Sketch of the medical history of the native army of Bombay, for the year
Year: 1872
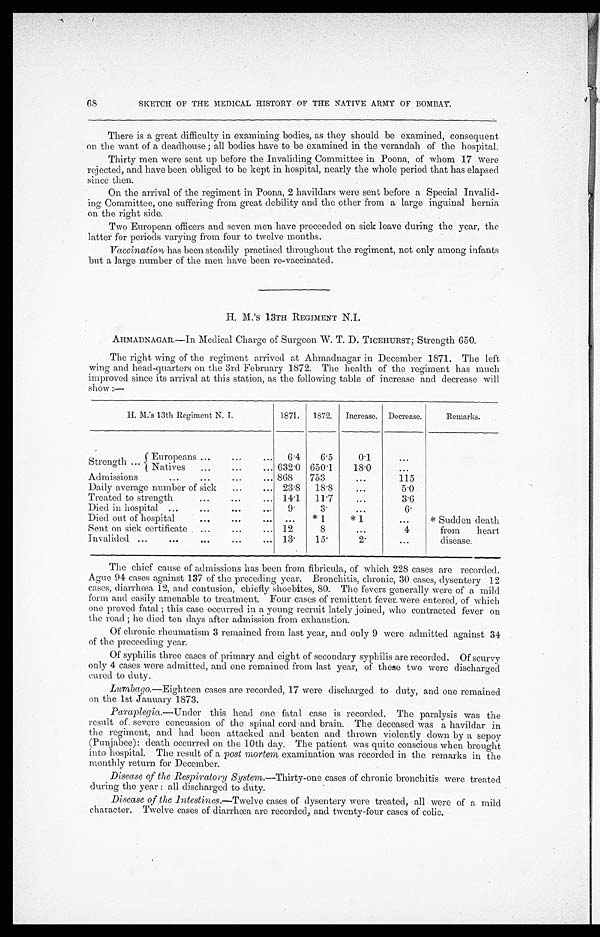
SKETCH OF THE MEDICAL HISTORY OF THE NATIVE ARMY OF BOMBAY.
There is a great difficulty in examining bodies, as they should be examined, consequent
on the want of a deadhouse; all bodies have to be examined in the verandah of the hospital.
Thirty men were sent up before the Invaliding Committee in Poona, of whom 17 were
rejected, and have been obliged to be kept in hospital, nearly the whole period that has elapsed
since then.
On the arrival of the regiment in Poona, 2 havildars were sent before a Special Invalid
-ing Committee, one suffering from great debility and the other from a large inguinal hernia
on the right side.
Two European officers and seven men have proceeded on sick leave during the year, the
latter for periods varying from four to twelve months.
Vaccination has been steadily practised throughout the regiment, not only among infants
but a large number of the men have been re-vaccinated.
H. M.'s 13TH REGIMENT N.I.
AHMADNAGAR.—In Medical Charge of Surgeon W. T. D. TICEHURST; Strength 650.
The right wing of the regiment arrived at Ahmadnagar in December 1871. The left
wing and head-quarters on the 3rd February 1872. The health of the regiment has much
improved since its arrival at this station, as the following table of increase and decrease will
show:—
H. M.'s 13th Regiment N. I.
1871.
1872.
Increase. Decrease.
Remarks.
Strength . . .
Europeans . . .
6.4
6.5
0.1
. . .
Natives . . .
632.0 650.1
18.0
. . .
Admissions . . .
868
753
. . .
115
Daily average number of sick . . .
23.8
18.8
. . .
5.0
Treated to strength . . .
14.1
11.7
. . .
3.6
Died in hospital . . .
9 .
3.
. . .
6 .
Died out of hospital . . .
. . .
*1
*1
. . .
* Sudden death
from heart
disease.
Sent on sick certificate . . .
12
8
. . .
4
Invalided . . .
13.
15.
2.
. . .
The chief cause of admissions has been from fibricula, of which 228 cases are recorded.
Ague 94 cases against 137 of the preceding year. Bronchitis, chronic, 30 cases, dysentery 12
cases, diarrhœa 12, and contusion, chiefly shoebites, 80. The fevers generally were of a mild
form and easily amenable to treatment. Four cases of remittent fever, were entered, of which
one proved fatal; this case occurred in a young recruit lately joined, who contracted fever on
the road; he died ten days after admission from exhaustion.
Of chronic rheumatism 3 remained from last year, and only 9 were admitted against 34
of the proceeding year.
Of syphilis three cases of primary and eight of secondary syphilis are recorded. Of scurvy
only 4 cases were admitted, and one remained from last year, of these two were discharged
cured to duty.
Lumbago.—Eighteen cases are recorded, 17 were discharged to duty, and one remained
on the 1st January 1873.
Paraplegia.— Under this head one fatal case is recorded. The paralysis was the
result of severe concussion of the spinal cord and brain. The deceased was a havildar in
the regiment, and had been attacked and beaten and thrown violently down by a sepoy
(Punjabee): death occurred on the 10th day. The patient was quite conscious when brought
into hospital. The result of a post mortem examination was recorded in the remarks in the
monthly return for December.
Disease of the Respiratory System. —Thirty-one cases of chronic bronchitis were treated
during the year: all discharged to duty.
Disease of the intestines.—Twelve cases of dysentery were treated, all were of a mild
character. Twelve cases of diarrhœa are recorded, and twenty-four cases of colic.